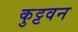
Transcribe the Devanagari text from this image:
कुट्टवन